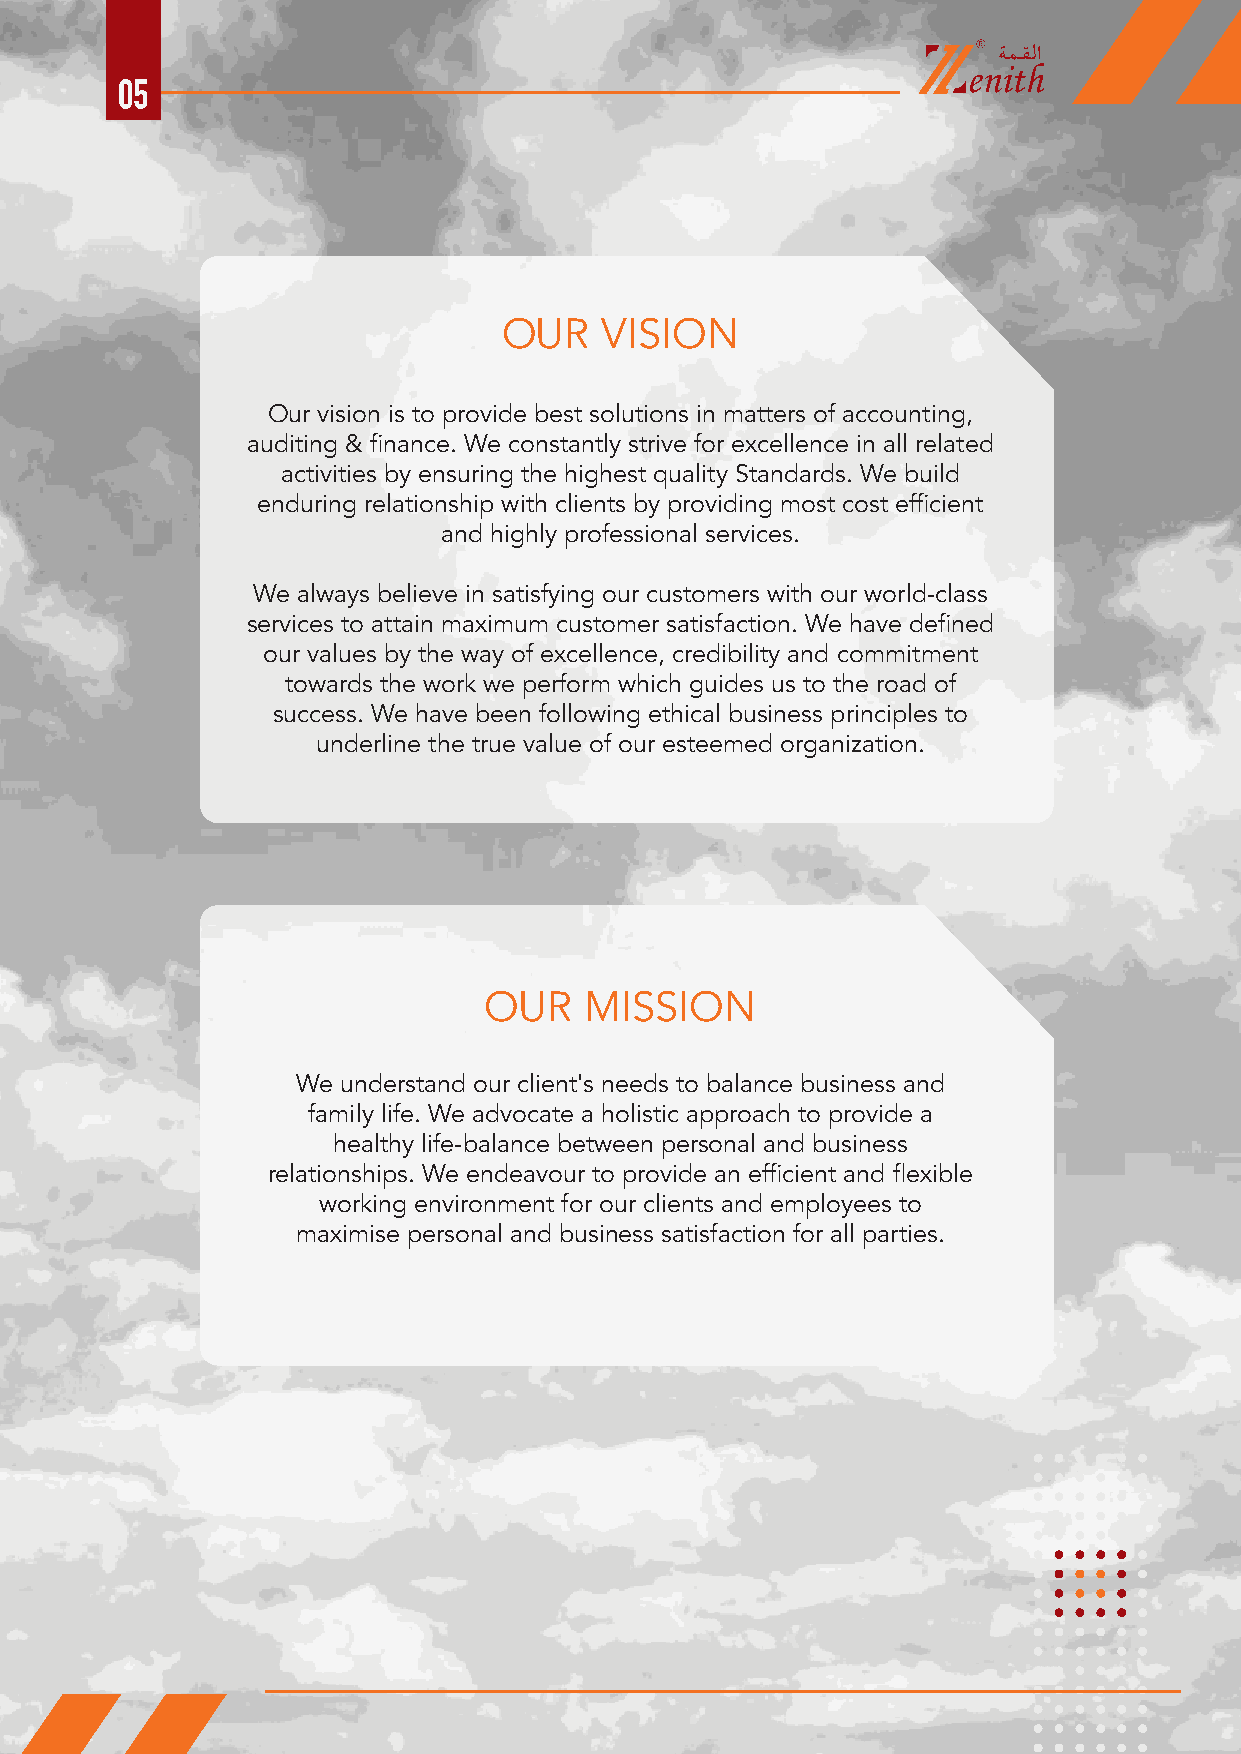
05
 OUR    VISION
 Our vision is to provide best solutions in matters of accounting,
 auditing & finance. We constantly strive for excellence in all related
 activities by ensuring the highest quality Standards. We build
 enduring relationship with clients by providing most cost efficient
 and highly professional services.
 We always believe in satisfying our customers with our world-class
 services to attain maximum customer satisfaction. We have defined
 our values by the way of excellence, credibility and commitment
 towards the work we perform which guides us to the road of
 success. We have been following ethical business principles to
 underline the true value of our esteemed organization.
 OUR    MISSION
 We understand our client's needs to balance business and
 family life. We advocate a holistic approach to provide a
 healthy life-balance between personal and business
 relationships. We endeavour to provide an efficient and flexible
 working environment for our clients and employees to
 maximise personal and business satisfaction for all parties.